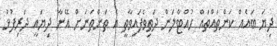
ދިޔަ ބައެއް ކަންތައްތައް ހުއްޓާލަން ދަތިވެފައިވާތީ އެ ތަންތަނަށް އޭނާ ދިޔައީ ދަރިފުޅު